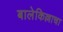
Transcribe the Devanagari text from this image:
बालेकिल्लाचा